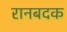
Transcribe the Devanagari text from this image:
रानबदक